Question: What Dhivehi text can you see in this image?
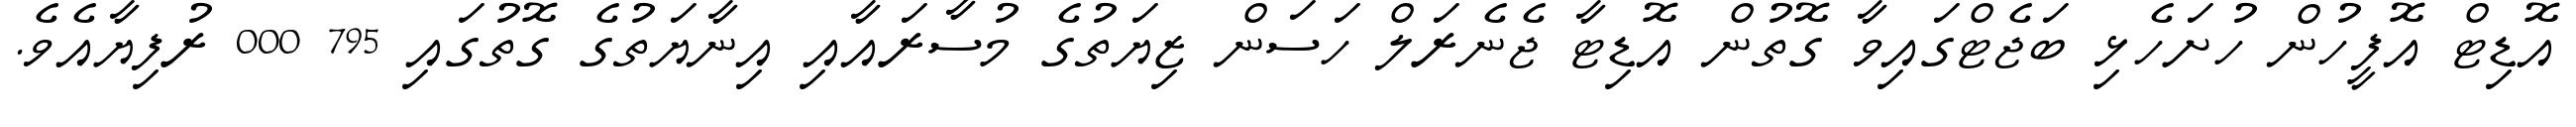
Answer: އޮޑިޓް އޮފީހުން ހުށަހެޅި ބަޖެޓްގައިވާ ގޮތުން އޮޑިޓާ ޖެނެރަލް ހަސަން ޒިޔަތުގެ މުސާރައާއި އިނާޔަތުގެ ގޮތުގައި 795 000 ރުފިޔާއެވެ.